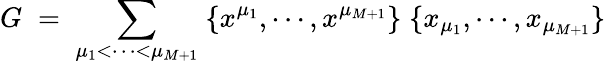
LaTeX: G\; =\; \sum_{\mu_{1}<\cdots<\mu_{M+1}}\; \{ x^{\mu_{1}},\cdots,x^{\mu_{M+1}}\} \; \{ x_{\mu_{1}},\cdots,x_{\mu_{M+1}}\}